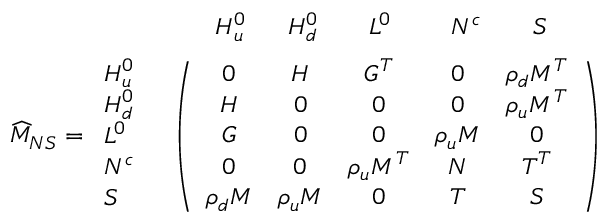
\begin{array} { r l } { { \vphantom { \bigg ( } } } & { { \begin{array} { c c c c c c } { { \quad \, H _ { u } ^ { 0 } } } & { { \ \ H _ { d } ^ { 0 } } } & { { \quad L ^ { 0 } } } & { { \quad \ N ^ { c } } } & { { \quad S } } & { { } } \end{array} } } \\ { { \widehat { M } _ { N S } = \begin{array} { l } { { H _ { u } ^ { 0 } } } \\ { { H _ { d } ^ { 0 } } } \\ { { L ^ { 0 } } } \\ { { N ^ { c } } } \\ { { S } } \end{array} } } & { { \left( \begin{array} { c c c c c } { { 0 } } & { { H } } & { { G ^ { T } } } & { { 0 } } & { { \rho _ { d } M ^ { T } } } \\ { { H } } & { { 0 } } & { { 0 } } & { { 0 } } & { { \rho _ { u } M ^ { T } } } \\ { { G } } & { { 0 } } & { { 0 } } & { { \rho _ { u } M } } & { { 0 } } \\ { { 0 } } & { { 0 } } & { { \rho _ { u } M ^ { T } } } & { { N } } & { { T ^ { T } } } \\ { { \rho _ { d } M } } & { { \rho _ { u } M } } & { { 0 } } & { { T } } & { { S } } \end{array} \right) } } \end{array}